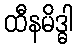
ထီနမိဒ္ဓါ